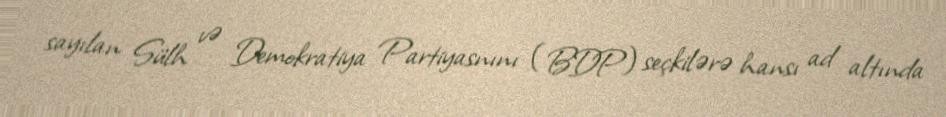
sayılan Sülh və Demokratiya Partiyasnını (BDP) seçkilərə hansı ad altında